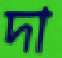
দা